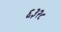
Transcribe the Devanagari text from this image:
६३२८